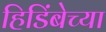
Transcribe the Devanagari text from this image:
हिडिंबेच्या